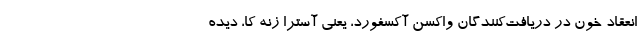
انعقاد خون در دریافت‌کنندگان واکسن آکسفورد، یعنی آسترا زنه کا، دیده